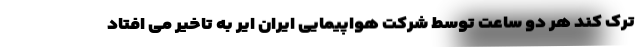
ترک کند هر دو ساعت توسط شرکت هواپیمایی ایران ایر به تاخیر می افتاد